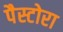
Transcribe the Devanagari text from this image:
पैस्टोरा